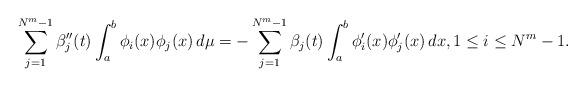
LaTeX: \begin{align*}\sum_{j=1}^{N^m-1}\beta''_j(t)\int^{b}_{a}\phi_i(x)\phi_j(x)\,d\mu=-\sum_{j=1}^{N^m-1}\beta_j(t)\int^{b}_{a}\phi'_i(x)\phi'_j(x)\, dx,1\le i\le N^m-1.\end{align*}